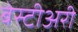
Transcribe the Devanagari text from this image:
बेस्टीअरी